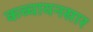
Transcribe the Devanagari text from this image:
कच्चायनसार